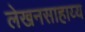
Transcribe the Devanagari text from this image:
लेखनसाहाय्य